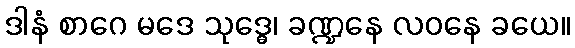
ဒါနံ စာဂေ မဒေ သုဒ္ဓေ၊ ခဏ္ဍနေ လဝနေ ခယေ။